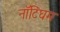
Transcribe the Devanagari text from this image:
नाॅटिंघम